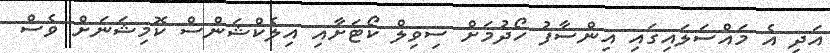
އަދި އެ މައްސަލައިގައި އިންސާފު ހޯދުމަށް ސިވިލް ކޯޓަށާއި އިލެކްޝަންސް ކޮމިޝަނަށް ވެސް